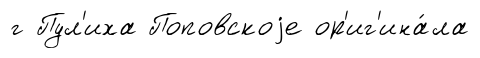
г Пул'иха Поповскоjе ор'иг'ина́ла